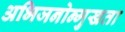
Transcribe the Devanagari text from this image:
अभिजनोन्मुखता